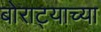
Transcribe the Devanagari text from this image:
बोराट्याच्या